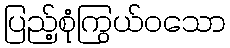
ပြည့်စုံကြွယ်ဝသော